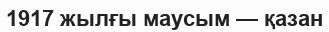
1917 жылғы маусым — қазан